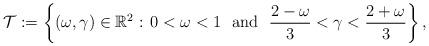
LaTeX: \begin{align*}\mathcal{T}:=\left\{(\omega,\gamma)\in \mathbb{R}^2:\, 0<\omega <1 \ \mbox{ and } \ \frac{2-\omega}{3} < \gamma < \frac{2+\omega}{3}\right\},\end{align*}